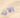
الان